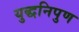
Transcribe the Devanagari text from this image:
युद्धनिपुण